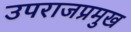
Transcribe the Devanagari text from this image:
उपराजप्रमुख